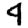
Digit: 4